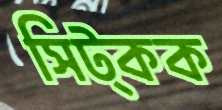
সিট্‌কক